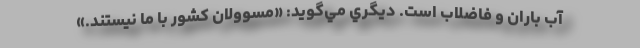
آب باران و فاضلاب است. ديگري مي‌گويد: «مسوولان كشور با ما نيستند.»